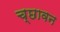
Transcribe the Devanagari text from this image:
च्छावन